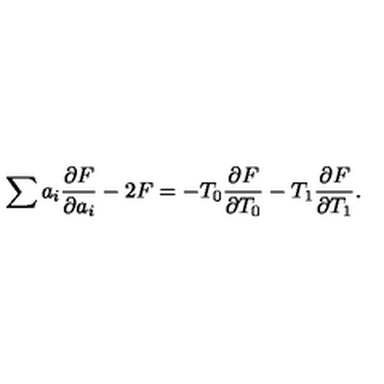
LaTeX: \sum a _ { i } \frac { \partial F } { \partial a _ { i } } - 2 F = - T _ { 0 } \frac { \partial F } { \partial T _ { 0 } } - T _ { 1 } \frac { \partial F } { \partial T _ { 1 } } .